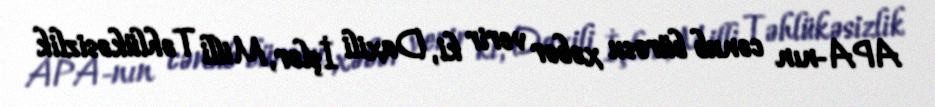
APA-nın cənub bürosu xəbər verir ki, Daxili İşlər, Milli Təhlükəsizlik